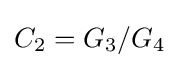
C_{2}=G_{3}/G_{4}